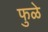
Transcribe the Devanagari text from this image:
फुळे